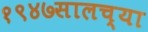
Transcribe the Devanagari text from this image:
१९४७सालच्या